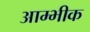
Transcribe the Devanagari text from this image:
आम्भीक